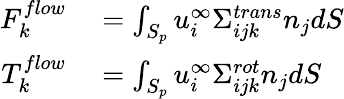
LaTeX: \begin{array}{rl}{F_{k}^{flow}}&{{}=\int_{S_{p}}u_{i}^{\infty}\Sigma_{ijk}^{trans}n_{j}dS}\\ {T_{k}^{flow}}&{{}=\int_{S_{p}}u_{i}^{\infty}\Sigma_{ijk}^{rot}n_{j}dS}\end{array}